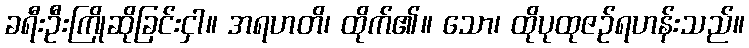
ခရီးဦးကြိုဆိုခြင်းငှါ။ အရဟတိ၊ ထိုက်၏။ သော၊ ထိုပုထုဇဉ်ရဟန်းသည်။